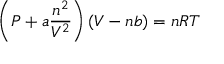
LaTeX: \left( P + a { \frac { n ^ { 2 } } { V ^ { 2 } } } \right) ( V - n b ) = n R T